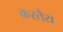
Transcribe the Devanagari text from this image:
करतैय